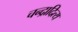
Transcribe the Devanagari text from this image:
चन्द्रादित्य